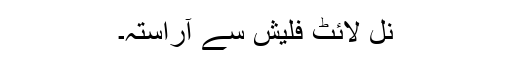
نل لائٹ فلیش سے آراستہ۔